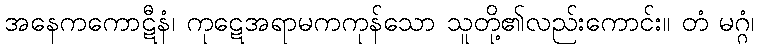
အနေကကောဋီနံ၊ ကုဋေအရာမကကုန်သော သူတို့၏လည်းကောင်း။ တံ မဂ္ဂံ၊